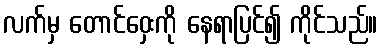
လက်မှ တောင်ဝှေးကို နေရာပြင်၍ ကိုင်သည်။